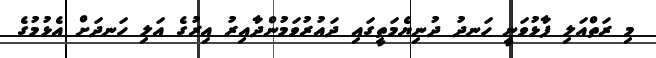
މި ރަތްއަލި ފާޅުވަނީ ހަނދު ދުނިޔެމަތީގައި ދައުރުވަމުންދާއިރު އިރުގެ އަލި ހަނދަށް އެޅުމުގެ